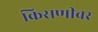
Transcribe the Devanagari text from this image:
किसणीवर